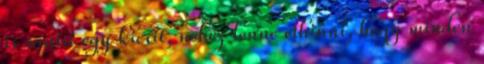
is sántít egy kicsit, nehéz lenne elhinni, hogy minden